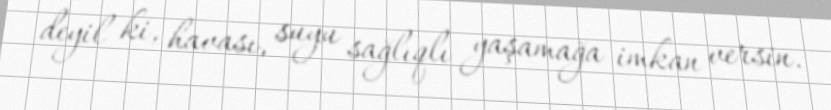
deyil ki, havası, suyu sağlıqlı yaşamağa imkan versin.